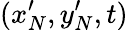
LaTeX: (x_{N}^{\prime},y_{N}^{\prime},t)